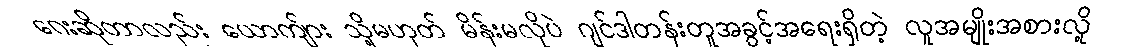
ဂေးဆိုတာလည်း ယောကျ်ား သို့မဟုတ် မိန်းမလိုပဲ ဂျင်ဒါတန်းတူအခွင့်အရေးရှိတဲ့ လူအမျိုးအစားလို့